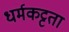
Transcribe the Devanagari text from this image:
धर्मकट्टता